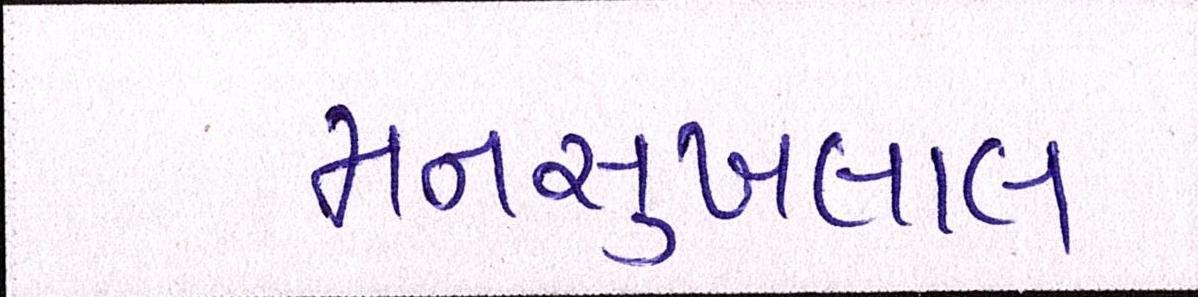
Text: મનસુખલાલ